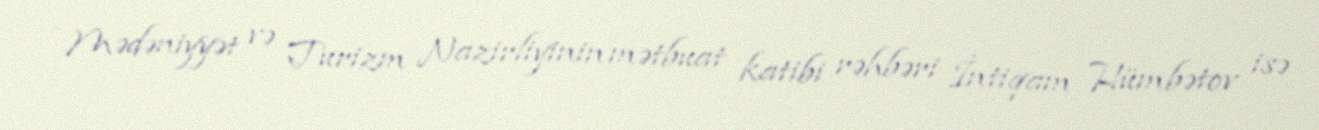
Mədəniyyət və Turizm Nazirliyinin mətbuat katibi rəhbəri İntiqam Hümbətov isə